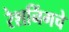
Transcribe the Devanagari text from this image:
रेशनिंगचे